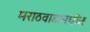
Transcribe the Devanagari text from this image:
मराठवाडामधील